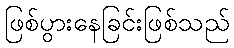
ဖြစ်ပွားနေခြင်းဖြစ်သည်